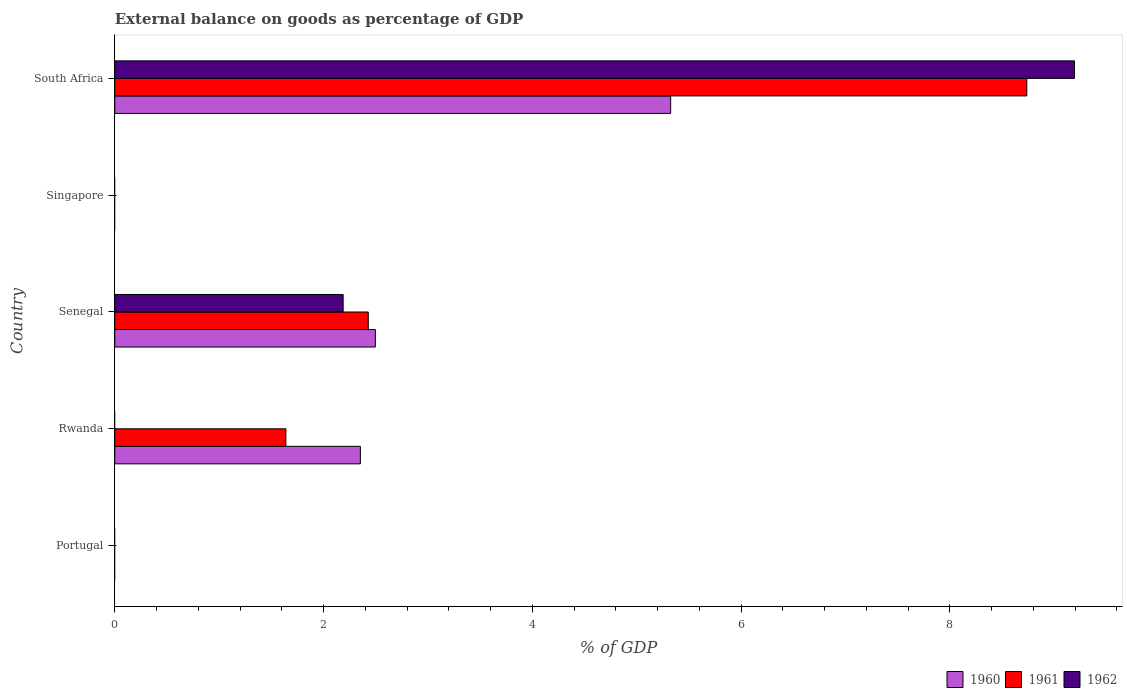
| Country | 1960 | 1961 | 1962 |
 | --- | --- | --- | --- |
 | Portugal | -4.87 | -9.11 | -3.7 |
 | Rwanda | 2.35 | 1.64 | -3.52 |
 | Senegal | 2.5 | 2.43 | 2.19 |
 | Singapore | -13.7 | -14.6 | -10.4 |
 | South Africa | 5.33 | 8.74 | 9.19 |